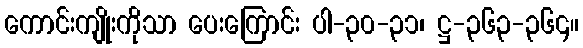
ကောင်းကျိုးကိုသာ ပေးကြောင်း ပါ-၃၀-၃၁၊ ဋ္ဌ-၃၆၃-၃၆၄။